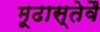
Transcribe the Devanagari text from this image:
मूढास्तेवै